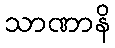
သာဏာနိ